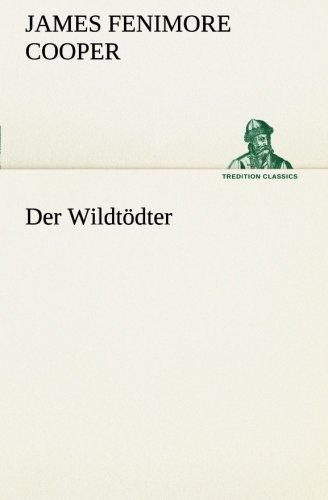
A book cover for Der WildtÃ¶dter (TREDITION CLASSICS) (German Edition); James Fenimore Cooper; Literature & Fiction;